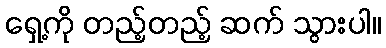
ရှေ့ကို တည့်တည့် ဆက် သွားပါ။